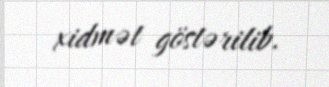
xidmət göstərilib.